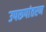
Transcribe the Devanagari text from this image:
उपरूपांतरण